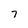
Character: 7